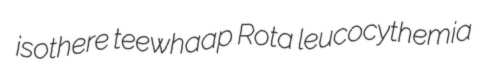
isothere teewhaap Rota leucocythemia